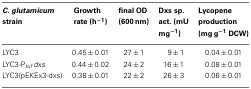
| C. glutamicum strain | Growth rate (h−1) | final OD (600 nm) | Dxs sp. act. (mU mg−1) | Lycopene production (mg g−1 DCW) |
 | --- | --- | --- | --- | --- |
 | LYC3 | 0.45 ± 0.01 | 27 ± 1 | 9 ± 1 | 0.04 ± 0.01 |
 | LYC3-Ptufdxs | 0.44 ± 0.02 | 24 ± 2 | 16 ± 1 | 0.08 ± 0.01 |
 | LYC3(pEKEx3-dxs) | 0.38 ± 0.01 | 22 ± 2 | 26 ± 3 | 0.06 ± 0.01 |